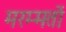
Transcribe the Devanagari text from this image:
मरम्मतों